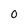
Character: O